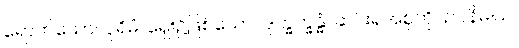
ရောက်သော။ ပုရိမံ၊ ရှေး၌ဖြစ်သော။ ဒုက္ခက္ခန္ဓံ၊ ဆင်းရဲအစုကို။ ဥပနိဓါယ၊